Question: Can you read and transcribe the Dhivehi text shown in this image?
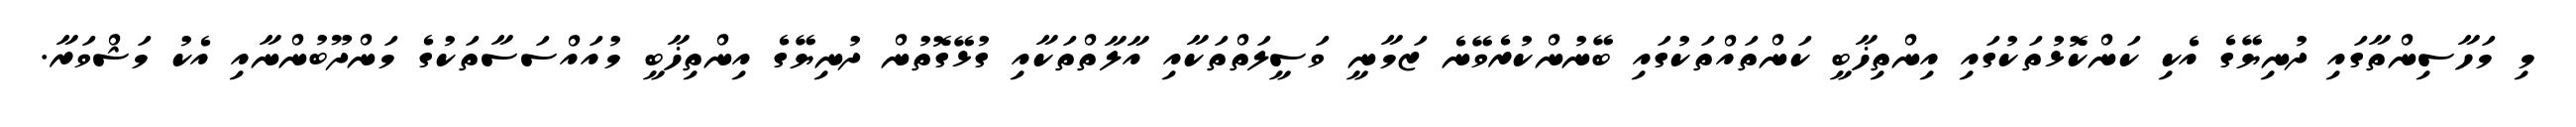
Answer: މި މަހާސިންތާގައި ދުނިޔޭގެ އެކި ކަންކޮޅުތަކުގައި އިންތިޚާބީ ކަންތައްތަކުގައި ބޭނުންކުރެވޭނެ ޒަމާނީ ވަސީލަތްތަކާއި އާލާތްތަކާއި ގުޅޭގޮތުން ދުނިޔޭގެ އިންތިޚާބީ މުއައްސަސާތަކުގެ މަންދޫބުންނާއި އެކު މަޝްވަރާ.